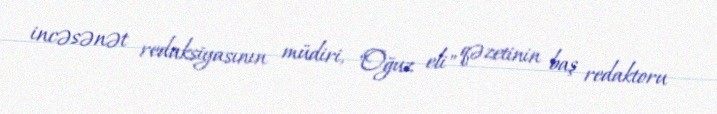
incəsənət redaksiyasının müdiri, "Oğuz eli" qəzetinin baş redaktoru